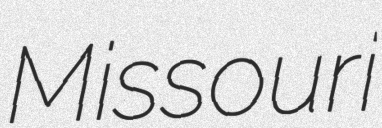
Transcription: Missouri